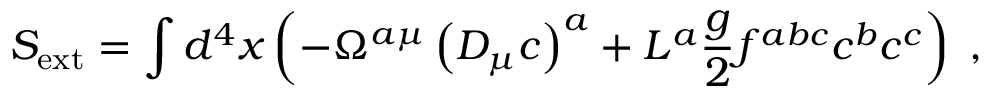
S _ { \mathrm { e x t } } = \int d ^ { 4 } x \left( - \Omega ^ { a \mu } \left( D _ { \mu } c \right) ^ { a } + L ^ { a } \frac { g } { 2 } f ^ { a b c } c ^ { b } c ^ { c } \right) \; ,